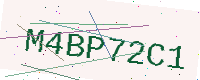
Text: M4BP72C1